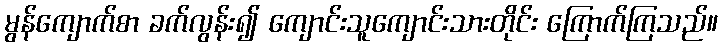
မွန်ကျောက်စာ ခက်လွန်း၍ ကျောင်းသူကျောင်းသားတိုင်း ကြောက်ကြသည်။